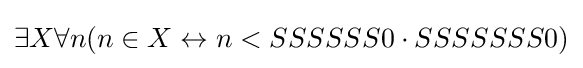
\exists X\forall n(n\in X\leftrightarrow n<SSSSSS0\cdot SSSSSSS0)